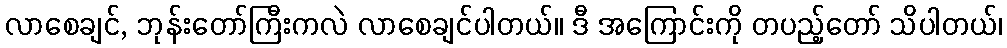
လာစေချင်, ဘုန်းတော်ကြီးကလဲ လာစေချင်ပါတယ်။ ဒီ အကြောင်းကို တပည့်တော် သိပါတယ်၊